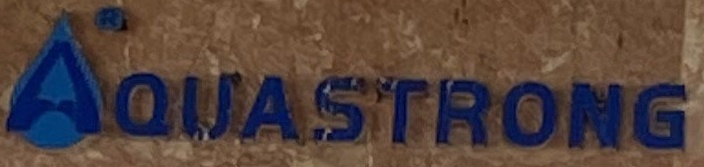
AQUASTRONG